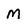
Character: M